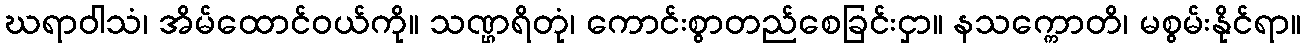
ဃရာဝါသံ၊ အိမ်ထောင်ဝယ်ကို။ သဏ္ဌရိတုံ၊ ကောင်းစွာတည်စေခြင်းငှာ။ နသက္ကောတိ၊ မစွမ်းနိုင်ရာ။